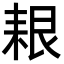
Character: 𦫎